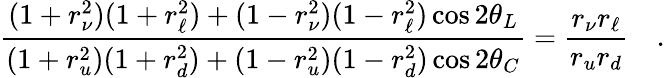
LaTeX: \frac{(1+r_{\nu}^{2})(1+r_{\ell}^{2})+(1-r_{\nu}^{2})(1-r_{\ell}^{2})\cos 2\theta_{L}}{(1+r_{u}^{2})(1+r_{d}^{2})+(1-r_{u}^{2})(1-r_{d}^{2})\cos 2\theta_{C}}=\frac{r_{\nu}r_{\ell}}{r_{u}r_{d}}\quad.